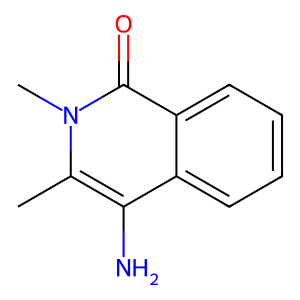
SMILES: Cc1c(N)c2ccccc2c(=O)n1C
Inhibits HIV replication: No